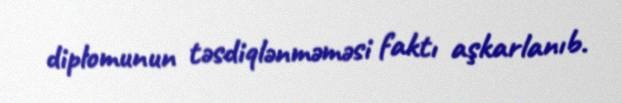
diplomunun təsdiqlənməməsi faktı aşkarlanıb.